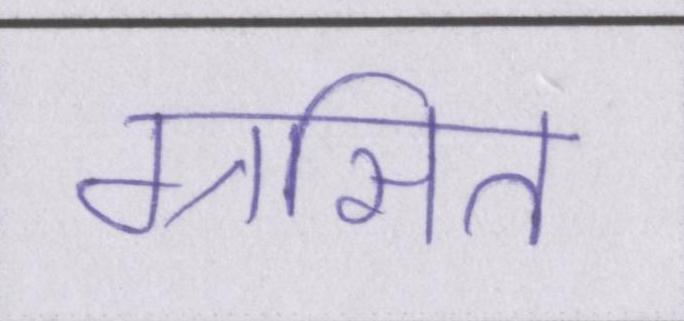
ग्रसित